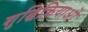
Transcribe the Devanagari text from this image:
शुद्धिक्रियाओं